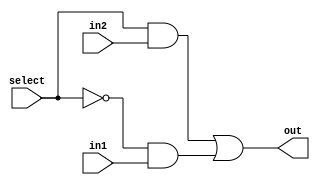
// This program was cloned from: https://github.com/neelkshah/MIPS-Processor
// License: GNU General Public License v3.0

module mux2to1(out, select, in1, in2);
	input in1, in2, select;
	output out;
	wire not_select, w1, w2;
	
	not (not_select, select);
	and (w1, select, in2);
	and (w2, not_select, in1);
	or(out, w1, w2);
	
endmodule

module mux3to1(out, select, in1, in2, in3);
	input in1, in2, in3;
	input [1:0] select;
	output out;
	wire w;
	
	mux2to1 m1(w, select[0], in1, in2);    //in1 - 00; in2 - 01; in3 - 1x 
	mux2to1 m2(out, select[1], w, in3);
	
endmodule

module bit32_3to1mux (out, select, in1, in2, in3);
	input [31:0] in1, in2, in3;
	input [1:0] select;
	output [31:0] out;
	genvar j;
	
	generate
		for(j = 0; j <32; j = j + 1) begin: mux_loop
			mux3to1 m1(out[j], select, in1[j], in2[j], in3[j]);
		end
	endgenerate
	
endmodule